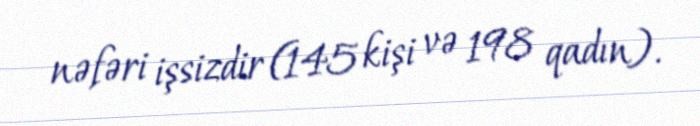
nəfəri işsizdir (145 kişi və 198 qadın).